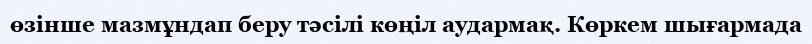
өзінше мазмұндап беру тәсілі көңіл аудармақ. Көркем шығармада